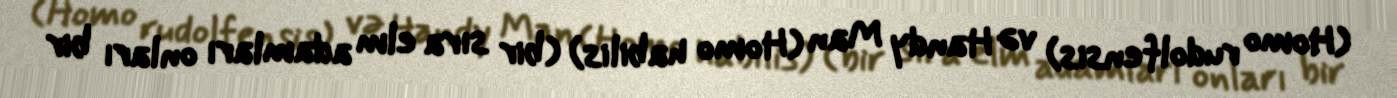
(Homo rudolfensis) və Handy Man (Homo habilis) (bir sıra elm adamları onları bir